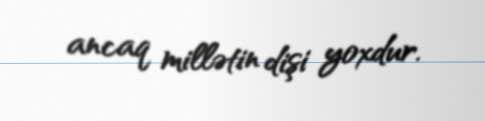
ancaq millətin dişi yoxdur.